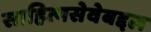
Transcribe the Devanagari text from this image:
साहित्यसेवेबद्दल